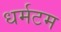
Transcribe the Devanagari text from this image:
धर्मटम